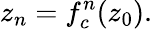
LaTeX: z_{n}=f_{c}^{n}(z_{0}).